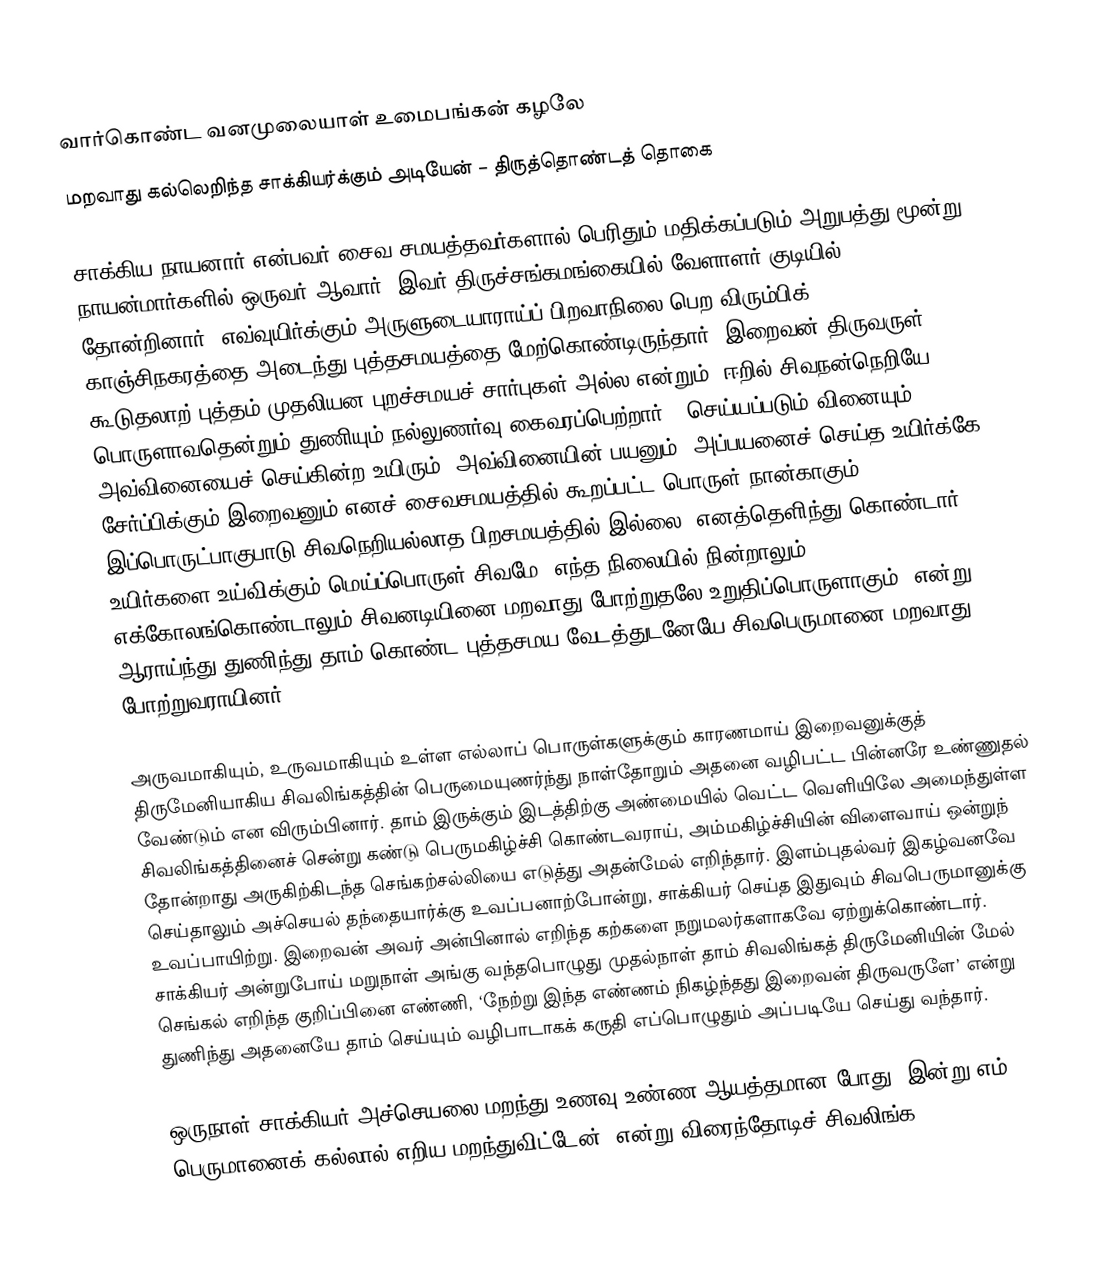
வார்கொண்ட வனமுலையாள் உமைபங்கன் கழலே
மறவாது கல்லெறிந்த சாக்கியர்க்கும் அடியேன் – திருத்தொண்டத் தொகை

சாக்கிய நாயனார் என்பவர் சைவ சமயத்தவர்களால் பெரிதும் மதிக்கப்படும் அறுபத்து மூன்று நாயன்மார்களில் ஒருவர் ஆவார். இவர் திருச்சங்கமங்கையில் வேளாளர் குடியில் தோன்றினார். எவ்வுயிர்க்கும் அருளுடையாராய்ப் பிறவாநிலை பெற விரும்பிக் காஞ்சிநகரத்தை அடைந்து புத்தசமயத்தை மேற்கொண்டிருந்தார். இறைவன் திருவருள் கூடுதலாற் புத்தம் முதலியன புறச்சமயச் சார்புகள் அல்ல என்றும், ஈறில் சிவநன்நெறியே பொருளாவதென்றும் துணியும் நல்லுணர்வு கைவரப்பெற்றார். “செய்யப்படும் வினையும், அவ்வினையைச் செய்கின்ற உயிரும், அவ்வினையின் பயனும், அப்பயனைச் செய்த உயிர்க்கே சேர்ப்பிக்கும் இறைவனும் எனச் சைவசமயத்தில் கூறப்பட்ட பொருள் நான்காகும். இப்பொருட்பாகுபாடு சிவநெறியல்லாத பிறசமயத்தில் இல்லை” எனத்தெளிந்து கொண்டார். உயிர்களை உய்விக்கும் மெய்ப்பொருள் சிவமே, எந்த நிலையில் நின்றாலும் எக்கோலங்கொண்டாலும் சிவனடியினை மறவாது போற்றுதலே உறுதிப்பொருளாகும்” என்று ஆராய்ந்து துணிந்து தாம் கொண்ட புத்தசமய வேடத்துடனேயே சிவபெருமானை மறவாது போற்றுவராயினர்.

அருவமாகியும், உருவமாகியும் உள்ள எல்லாப் பொருள்களுக்கும் காரணமாய் இறைவனுக்குத் திருமேனியாகிய சிவலிங்கத்தின் பெருமையுணர்ந்து நாள்தோறும் அதனை வழிபட்ட பின்னரே உண்ணுதல் வேண்டும் என விரும்பினார். தாம் இருக்கும் இடத்திற்கு அண்மையில் வெட்ட வெளியிலே அமைந்துள்ள சிவலிங்கத்தினைச் சென்று கண்டு பெருமகிழ்ச்சி கொண்டவராய், அம்மகிழ்ச்சியின் விளைவாய் ஒன்றுந் தோன்றாது அருகிற்கிடந்த செங்கற்சல்லியை எடுத்து அதன்மேல் எறிந்தார். இளம்புதல்வர் இகழ்வனவே செய்தாலும் அச்செயல் தந்தையார்க்கு உவப்பனாற்போன்று, சாக்கியர் செய்த இதுவும் சிவபெருமானுக்கு உவப்பாயிற்று. இறைவன் அவர் அன்பினால் எறிந்த கற்களை நறுமலர்களாகவே ஏற்றுக்கொண்டார். சாக்கியர் அன்றுபோய் மறுநாள் அங்கு வந்தபொழுது முதல்நாள் தாம் சிவலிங்கத் திருமேனியின் மேல் செங்கல் எறிந்த குறிப்பினை எண்ணி, ‘நேற்று இந்த எண்ணம் நிகழ்ந்தது இறைவன் திருவருளே’ என்று துணிந்து அதனையே தாம் செய்யும் வழிபாடாகக் கருதி எப்பொழுதும் அப்படியே செய்து வந்தார்.

ஒருநாள் சாக்கியர் அச்செயலை மறந்து உணவு உண்ண ஆயத்தமான போது ‘இன்று எம் பெருமானைக் கல்லால் எறிய மறந்துவிட்டேன்’ என்று விரைந்தோடிச் சிவலிங்க